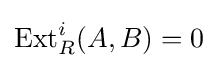
\operatorname {Ext} _{R}^{i}(A,B)=0